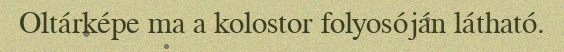
Oltárképe ma a kolostor folyosóján látható.